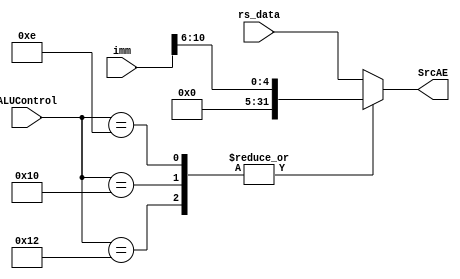
/*
    For input-SrcA of ALU, 
    we need to select between rs(instr[25:21]) and shamt[10:6])

    ALUControl:
        SLL = 01110; (shamt)
        SLLV = 01111; (rs)
        SRL = 10000; (shamt)
        SRLV = 10001; (rs)
        SRA = 10010; (shamt)
        SRAV = 10011; (rs)
*/
module selector(
    input [31:0] rs_data,
    input [31:0] imm,
    input [4:0] ALUControl,

    output wire [31:0] SrcAE
);

reg [4:0] shamt;
reg [31:0] _SrcAE;

parameter [4:0] SLL = 5'b01110, // shamt

        SLLV = 5'b01111, // rs

        SRL = 5'b10000, // shamt

        SRLV = 5'b10001, // rs

        SRA = 5'b10010, //shamt

        SRAV = 5'b10011; //rs


    always @ (rs_data or imm or ALUControl)
        begin
        shamt = imm[10:6];
            case (ALUControl)
                SLL,SRL,SRA:
                begin
                    _SrcAE <= shamt;
                end

                default:
                begin
                    _SrcAE <= rs_data;
                end
            endcase
        end

    assign SrcAE = _SrcAE;

endmodule